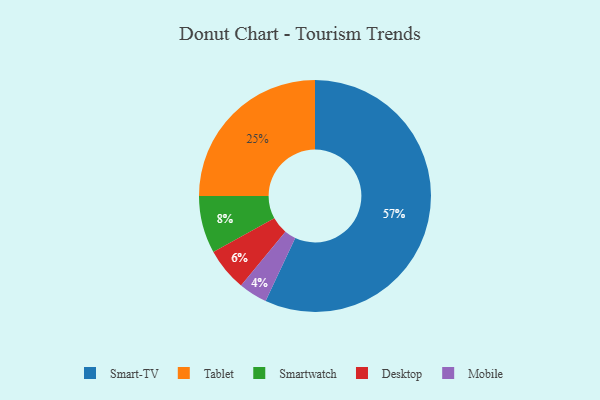
{"axis": {"x": "Category", "y": "Percentage"}, "legend": ["Desktop", "Mobile", "Smart-TV", "Smartwatch", "Tablet"], "data": [{"x": "Smart-TV", "y": 57, "type": "Smart-TV"}, {"x": "Mobile", "y": 4, "type": "Mobile"}, {"x": "Smartwatch", "y": 8, "type": "Smartwatch"}, {"x": "Tablet", "y": 25, "type": "Tablet"}, {"x": "Desktop", "y": 6, "type": "Desktop"}]}